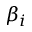
\beta _ { i }